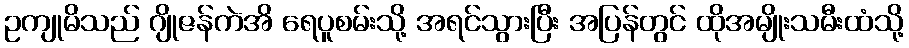
ဥကျုမိသည် ဂျိုဇန်ကဲအိ ရေပူစမ်းသို့ အရင်သွားပြီး အပြန်တွင် ထိုအမျိုးသမီးထံသို့